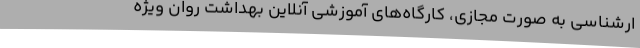
ارشناسی به صورت مجازی، کارگاه‌های آموزشی آنلاین بهداشت روان ویژه